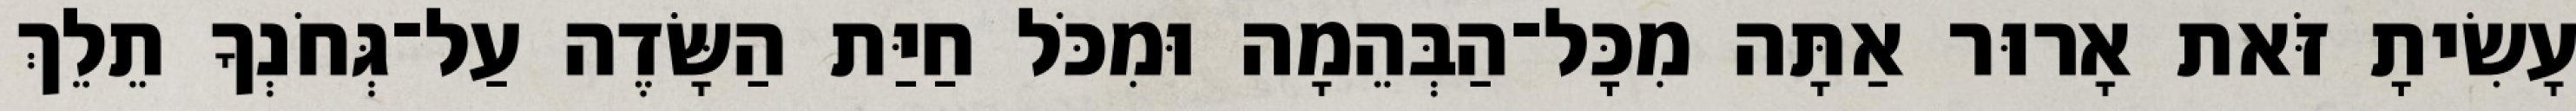
עָשִׂיתָ זֹּאת אָרוּר אַתָּה מִכָּל־הַבְּהֵמָה וּמִכֹּל חַיַּת הַשָּׂדֶה עַל־גְּחֹנְךָ תֵלֵךְ